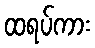
ထရပ်ကား